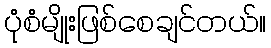
ပုံစံမျိုးဖြစ်စေချင်တယ်။